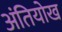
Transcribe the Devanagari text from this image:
अंतियोख